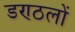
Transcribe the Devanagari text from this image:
डण्ठलों